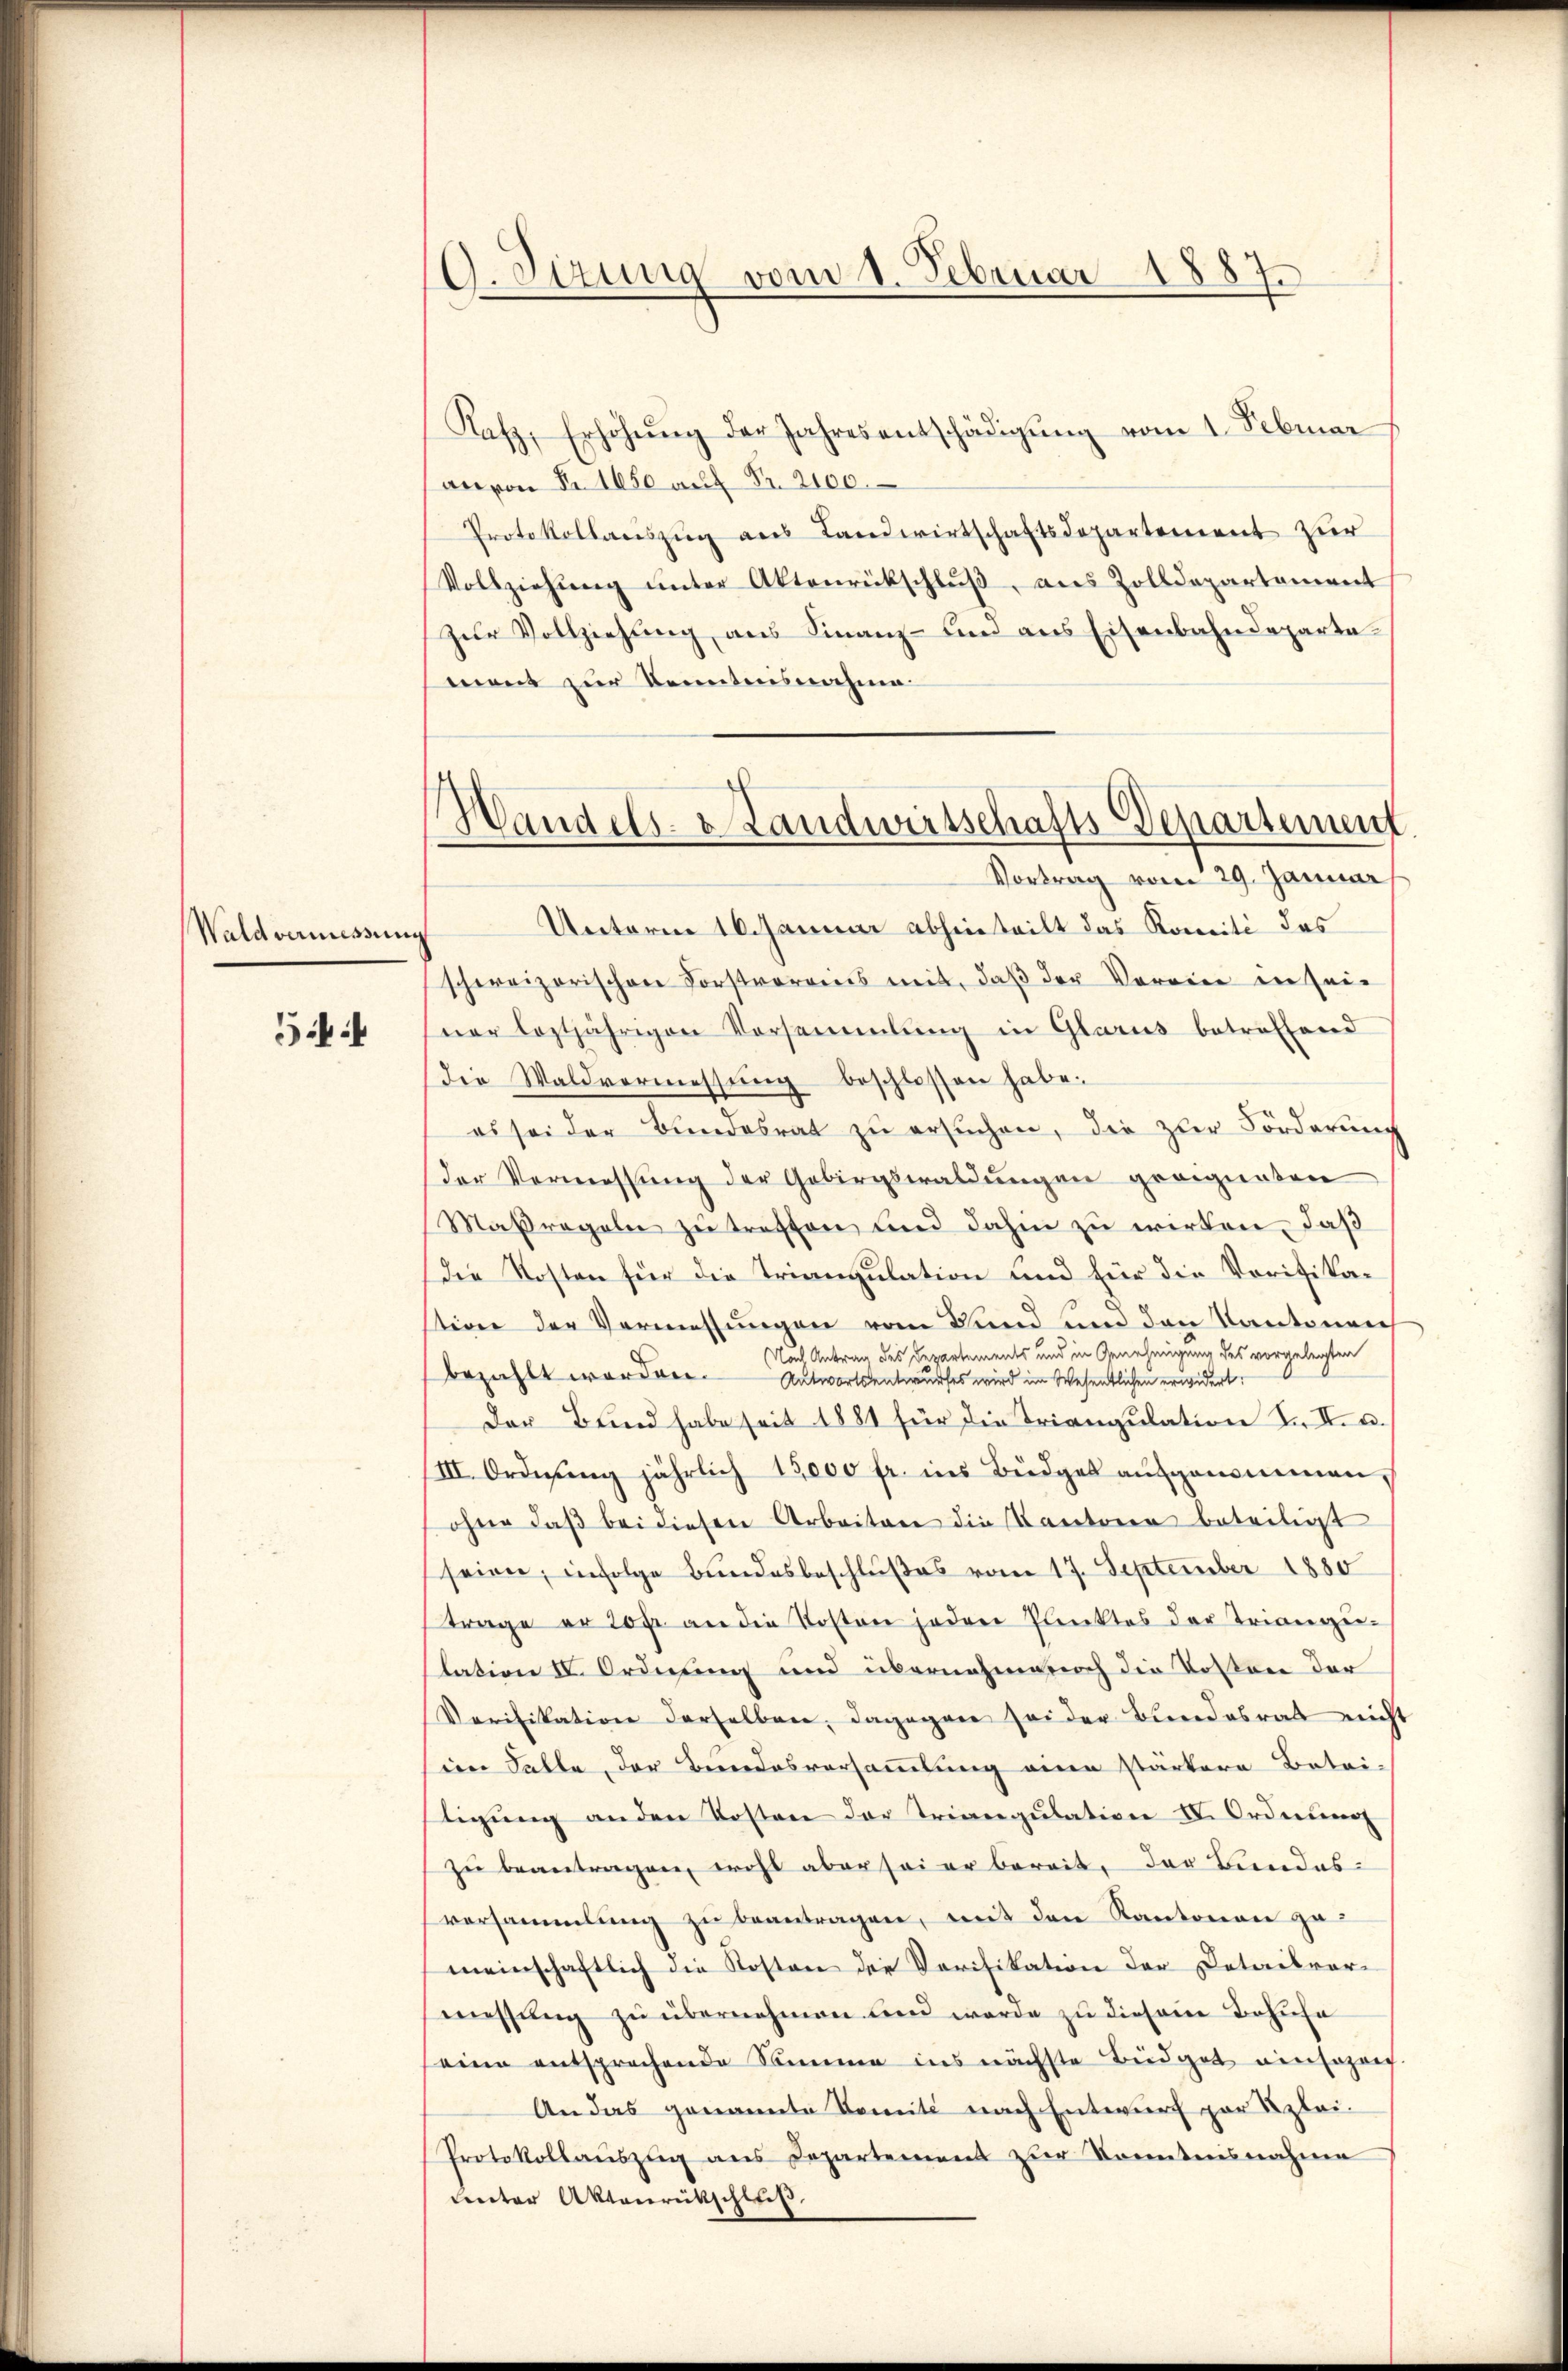
Wald vermessung

5

(O. Sizung vom 1. Februar 1887.

Handels- & Landwirtschafts-Departement
Vortrag vom 29. Januar

Kafz, Erhöhŭng der Jahresentschädigŭng vom 1. Februar
arvon Nr. 1650 auf Fr. 2100.
Protokollauszug aus Landwirtschaftsdepartement zur
Vollziehŭng ŭnter Aktenrückschlŭβ aŭs Zolldepartement
zur Vollziehung aus Finanz- und aus Eisenbahndeparta
ment zur Kenntensnahme.
Unterm 10. Januar abhinteilt das Komité des
schereizerischen Forstvereins mit, daß der Vormier in seiner leztjährigen Vorsammlung in Glarus betreffend
die Waldvermessŭng beschlossen habe.
es sei der Bundesrat zu ersŭchen, die zur Förderung
der Vermessung der Gebirgswaldungen geeigneten
Maßregeln zu treffen, und dahin zu wirken, daß
Die Kosten für die Triangulation und für die Vorifikastirer der Vermessungen vom Fand und den Kantonen
Nach Antrag des Departements und in Genehmigung des vorgelegten
bezahlt worden. Antwortsentwurfes wird im Wesentlichen erwidert.
der Bund habe seit 1881 für die Triangulation I. II. u.
III. Ordnung jährlich 15,000 fr. ins Büdget aufgenommen,
ohne daβ bei diesen Arbeiten die Kantoren beteiligt
seien, infolge Bundesbeschlußes vom 17. September 1880
trage er 20 fr an die Kosten jeden Punktes der Triange-
lation IV. Ordnung und übernahme noch die Kosten der
Verifikation derselben, dagegen sei der Bundesrat nich
sien Falle der Beendesversammlung eine stärkern Betei-
tigŭng an den Kosten der Triangulation IV. Ordnung
zu beantragen, wohl aber sei er bereit, der Bundesversammlung zu beantragen, mit den Kantonen zu
meinschaftlich die Kosten der Verifikation der Detailvor-
messung zu übernehmen und wurde zu diesene Behufe
eine entsprechende Sammen ins nächste Büdget ein Erzeig
An das genannte Domité nach Entwurf zur Klei¬
Protokollaŭszŭg ans Departement zur Kenntnisnahme
unter Aktenrückschluß.